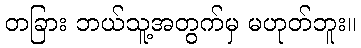
တခြား ဘယ်သူ့အတွက်မှ မဟုတ်ဘူး။